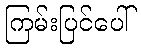
ကြမ်းပြင်ပေါ်